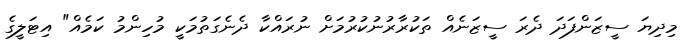
މިދިޔަ ސީޒަންފަދަ ދެރަ ސީޒަނެއް ތަކުރާރުނުކުރުމަށް ނުރައްކާ ދެނެގަތުމަކީ މުހިންމު ކަމެއް" އިޓަލީގެ